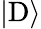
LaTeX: |\mathrm{D}\rangle